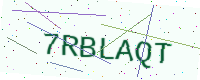
Text: 7RBLAQT